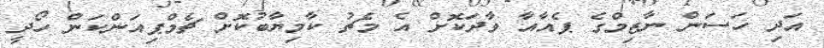
އަދި ހަސަން ނާޒިމްގެ ޕެއާއާ ވާދަކޮށް އެ މެޗު ކާމިޔާބުކޮށް ޗެމްޕިއަންކަން ހޯދީ